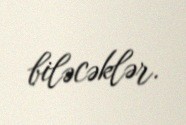
biləcəklər.